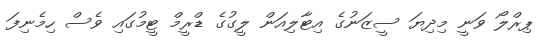
ޕިރްލޯ ވަނީ މިދިޔަ ސީޒަނުގެ އިޓާލިއަން ލީގުގެ ޑްރީމް ޓީމުގައި ވެސް ހިމެނިފަ